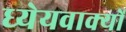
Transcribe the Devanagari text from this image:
ध्येयवाक्यों